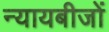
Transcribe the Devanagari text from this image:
न्यायबीजों